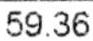
59.36